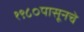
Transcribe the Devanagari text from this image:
१९८०पासूनचे